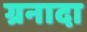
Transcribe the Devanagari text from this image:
ग्रनादा